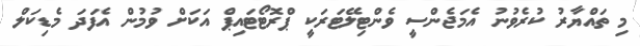
މި ތައްޔާރު ކުރެވުނު އެމަޖެންސީ ވެންޓިލޭޓަރަކީ ޕްރޮޓޯޓައިޕް އަކަށް ވުމުން އެފަދަ މެޑިކަލް